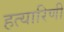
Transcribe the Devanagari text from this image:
हत्यारिणी